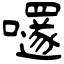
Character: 嚺